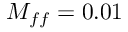
M _ { f f } = 0 . 0 1